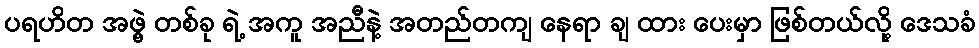
ပရဟိတ အဖွဲ့ တစ်ခု ရဲ့ အကူ အညီနဲ့ အတည်တကျ နေရာ ချ ထား ပေးမှာ ဖြစ်တယ်လို့ ဒေသခံ